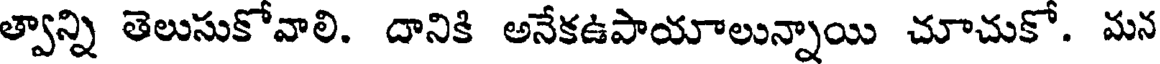
త్వాన్ని తెలుసుకోవాలి. దానికి అనేకఉపాయాలున్నాయి చూచుకో. మన